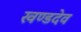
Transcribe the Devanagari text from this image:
खण्डदेव